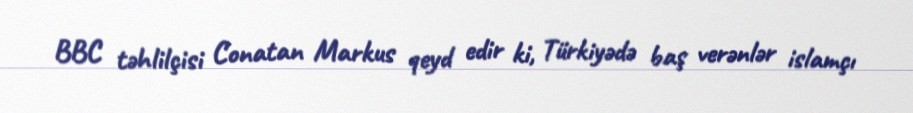
BBC təhlilçisi Conatan Markus qeyd edir ki, Türkiyədə baş verənlər islamçı